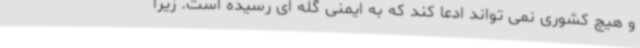
و هیچ کشوری نمی تواند ادعا کند که به ایمنی گله ای رسیده است. زیرا